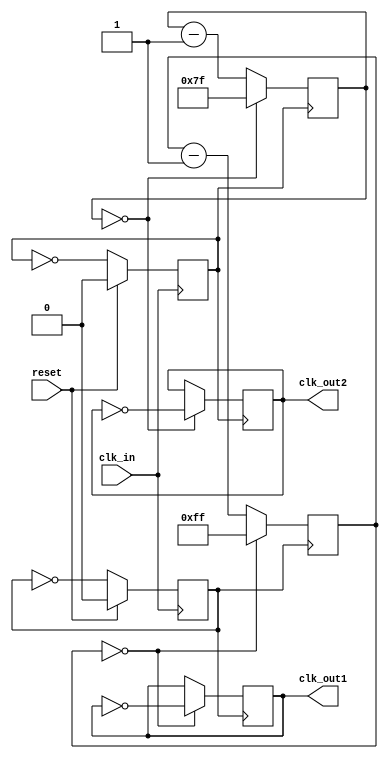
module dual_modulus_clock_divider (
  input wire clk_in,
  input wire reset,
  output reg clk_out1,
  output reg clk_out2
);

reg [7:0] counter1;
reg [7:0] counter2;
reg sync1;
reg sync2;

// synchronization logic
always @(posedge clk_in) begin
  if(reset) begin
    sync1 <= 0;
    sync2 <= 0;
  end else begin
    sync1 <= ~sync1;
    sync2 <= ~sync2;
  end
end

// dual modulus clock divider logic
always @(posedge sync1) begin
  if(counter1 == 0) begin
    counter1 <= 255;
    clk_out1 <= ~clk_out1;
  end else begin
    counter1 <= counter1 - 1;
  end
end

always @(posedge sync2) begin
  if(counter2 == 0) begin
    counter2 <= 127;
    clk_out2 <= ~clk_out2;
  end else begin
    counter2 <= counter2 - 1;
  end
end

endmodule